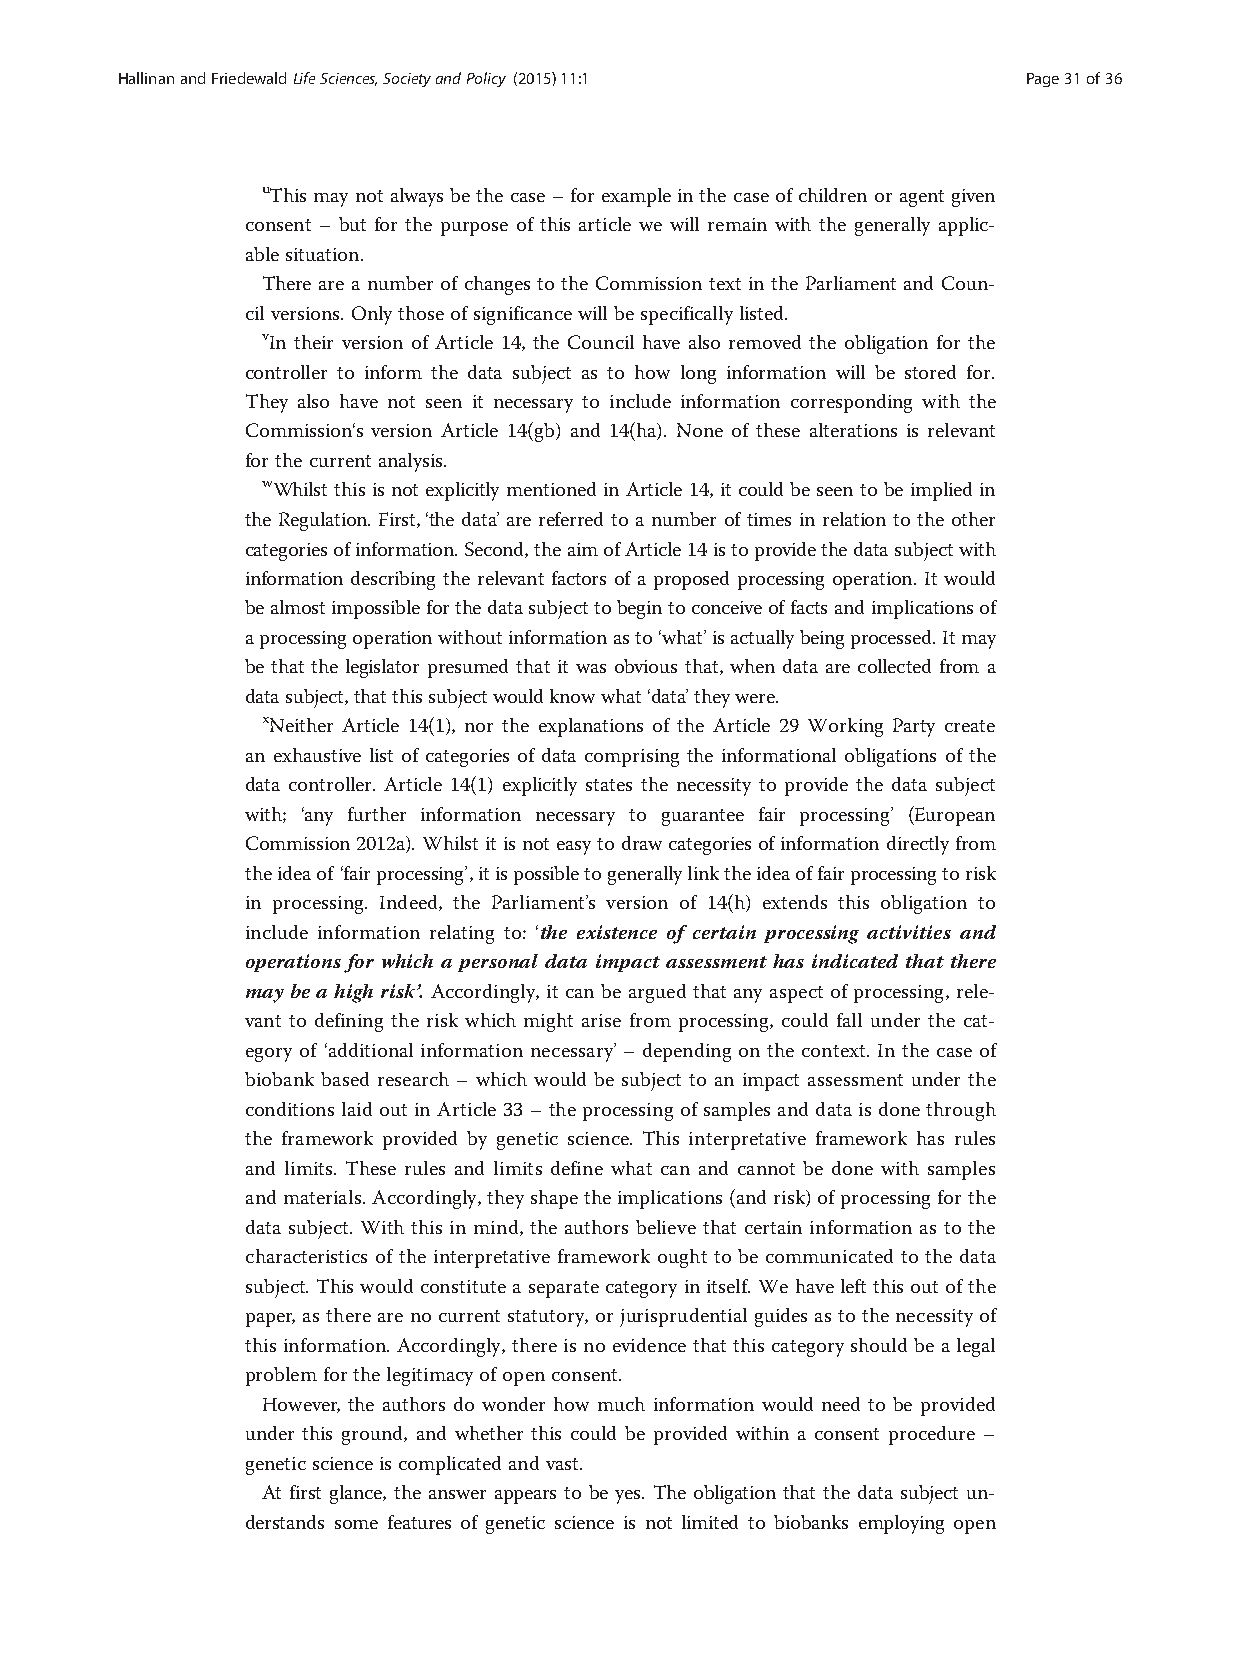
HallinanandFriedewaldLifeSciences,SocietyandPolicy (2015) 11:1 Page31of36
 uThismaynot always bethe case–forexampleinthe caseofchildren oragentgiven
 consent – but for the purpose of this article we will remain with the generally applic-
 ablesituation.
 There are a number of changes to the Commission text in the Parliament and Coun-
 cilversions. Onlythose ofsignificance willbespecificallylisted.
 vIn their version of Article 14, the Council have also removed the obligation for the
 controller to inform the data subject as to how long information will be stored for.
 They also have not seen it necessary to include information corresponding with the
 Commission‘s version Article 14(gb) and 14(ha). None of these alterations is relevant
 forthe currentanalysis.
 wWhilst this is not explicitly mentioned in Article 14, it could be seen to be implied in
 the Regulation. First,‘the data’are referred to a number of times in relation to the other
 categoriesofinformation.Second,theaimofArticle14istoprovidethedatasubjectwith
 information describing the relevant factors of a proposed processing operation. It would
 bealmostimpossibleforthedatasubjecttobegintoconceiveoffactsandimplicationsof
 aprocessingoperationwithoutinformationasto‘what’isactuallybeingprocessed.Itmay
 be that the legislator presumed that it was obvious that, when data are collected from a
 datasubject,thatthissubjectwouldknowwhat‘data’theywere.
 xNeither Article 14(1), nor the explanations of the Article 29 Working Party create
 an exhaustive list of categories of data comprising the informational obligations of the
 data controller. Article 14(1) explicitly states the necessity to provide the data subject
 with; ‘any further information necessary to guarantee fair processing’ (European
 Commission2012a). Whilstitisnot easytodrawcategoriesof information directly from
 theideaof ‘fairprocessing’,itispossibletogenerallylinktheideaoffairprocessingtorisk
 in processing. Indeed, the Parliament’s version of 14(h) extends this obligation to
 include information relating to: ‘the existence of certain processing activities and
 operations for which a personal data impact assessment has indicated that there
 may be a high risk’. Accordingly, it can be argued that any aspect of processing, rele-
 vant to defining the risk which might arise from processing, could fall under the cat-
 egory of ‘additional information necessary’ – depending on the context. In the case of
 biobank based research – which would be subject to an impact assessment under the
 conditionslaid out in Article 33 –theprocessing ofsamplesand datais done through
 the framework provided by genetic science. This interpretative framework has rules
 and limits. These rules and limits define what can and cannot be done with samples
 andmaterials.Accordingly,theyshapetheimplications(andrisk)ofprocessingforthe
 data subject. With this in mind, the authors believe that certain information as to the
 characteristics of the interpretative framework ought to be communicated to the data
 subject.Thiswouldconstituteaseparate categoryinitself.Wehaveleftthisoutofthe
 paper,astherearenocurrent statutory,or jurisprudentialguidesastothenecessityof
 this information. Accordingly, there is no evidence that this category should be a legal
 problemforthelegitimacyofopenconsent.
 However, the authors do wonder how much information would need to be provided
 under this ground, and whether this could be provided within a consent procedure –
 geneticscienceiscomplicatedandvast.
 At first glance, the answer appears to be yes. The obligation that the data subject un-
 derstands some features of genetic science is not limited to biobanks employing open